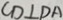
C D \bot D A